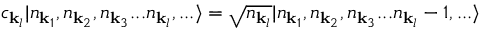
c _ { { \mathbf { k } } _ { l } } | n _ { { \mathbf { k } } _ { 1 } } , n _ { { \mathbf { k } } _ { 2 } } , n _ { { \mathbf { k } } _ { 3 } } . . . n _ { { \mathbf { k } } _ { l } } , . . . \rangle = { \sqrt { n _ { { \mathbf { k } } _ { l } } } } | n _ { { \mathbf { k } } _ { 1 } } , n _ { { \mathbf { k } } _ { 2 } } , n _ { { \mathbf { k } } _ { 3 } } . . . n _ { { \mathbf { k } } _ { l } } - 1 , . . . \rangle